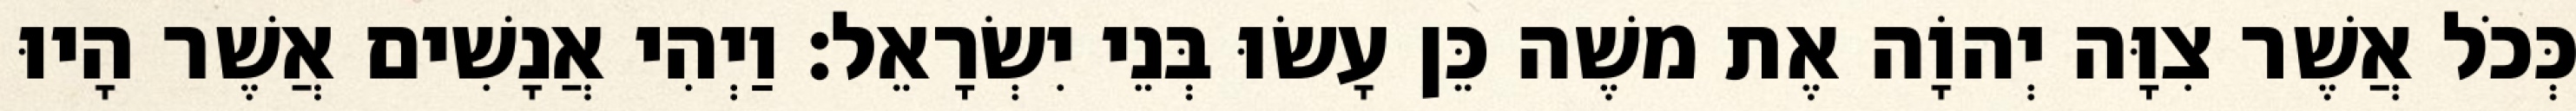
כְּכֹל אֲשֶׁר צִוָּה יְהוָֹה אֶת משֶׁה כֵּן עָשׂוּ בְּנֵי יִשְׂרָאֵל׃ וַיְהִי אֲנָשִׁים אֲשֶׁר הָיוּ